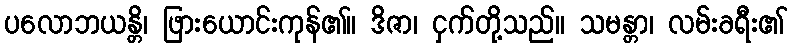
ပလောဘယန္တိ၊ ဖြားယောင်းကုန်၏။ ဒိဇာ၊ ငှက်တို့သည်။ သမန္တာ၊ လမ်းခရီး၏